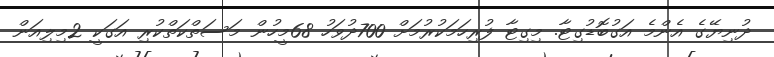
ދުނިޔޭގެ އެންމެ އަގުބޮޑުގިޓާ. މިގިޓާ ފުރިހަމަކުރުމަށް 700ދުވަހު 68މީހުން މަސަތްކަތްކުރި އަގަކީ 2މިލިއަން